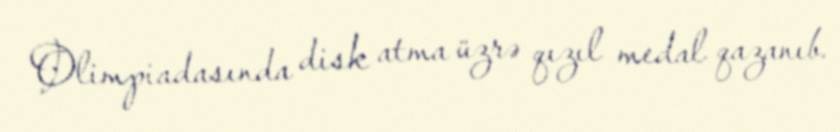
Olimpiadasında disk atma üzrə qızıl medal qazanıb.